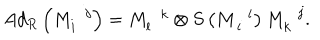
LaTeX: A d _ { R } \left( M _ { i } ^ { \, \, \, \, j } \right) = M _ { l } ^ { \, \, \, \, k } \otimes S \left( M _ { \, i } ^ { \, \, \, \, l } \right) M _ { k } ^ { \, \, \, \, j } .